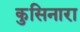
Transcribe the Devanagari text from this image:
कुसिनारा